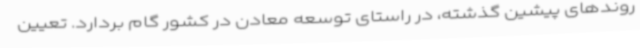
روندهای پیشین گذشته، در راستای توسعه معادن در کشور گام بردارد. تعیین